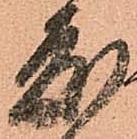
度